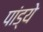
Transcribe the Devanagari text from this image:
पांड्ये